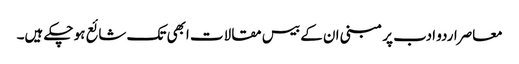
معاصراردو ادب پر مبنی ان کے بیس مقالات ابھی تک شائع ہو چکے ہیں۔